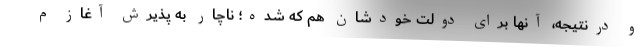
و درنتیجه، آنها برای دولت خودشان هم که شده؛ ناچار به پذیرش آغاز م